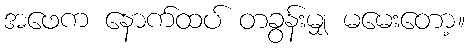
အဖေက နောက်ထပ် တခွန်းမျှ မမေးတော့။